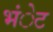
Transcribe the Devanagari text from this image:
भंेट